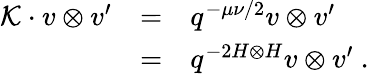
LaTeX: \begin{array}{rcl}{{{\cal K}\cdot v\otimes v^{\prime}}}&{{=}}&{{q^{-\mu\nu/2}v\otimes v^{\prime}}}\\ {{}}&{{=}}&{{q^{-2H\otimes H}v\otimes v^{\prime}~.}}\end{array}